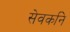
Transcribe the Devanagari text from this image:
सेवकनि